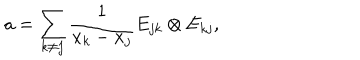
a = \sum _ { k \neq j } \frac { 1 } { x _ { k } - x _ { j } } E _ { j k } \otimes E _ { k j } ,